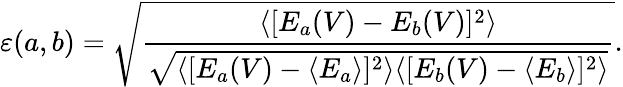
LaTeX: \varepsilon(a,b)=\sqrt{\frac{\langle[E_{a}(V)-E_{b}(V)]^{2}\rangle}{\sqrt{\langle[E_{a}(V)-\langle E_{a}\rangle]^{2}\rangle\langle[E_{b}(V)-\langle E_{b}\rangle]^{2}\rangle}}}.